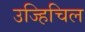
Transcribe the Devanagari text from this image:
उज्हिचिल